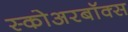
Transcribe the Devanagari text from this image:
स्कोअरबॉक्स